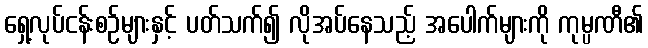
ရှေ့လုပ်ငန်းစဉ်များနှင့် ပတ်သက်၍ လိုအပ်နေသည့် အပေါက်များကို ကုမ္ပဏီ၏